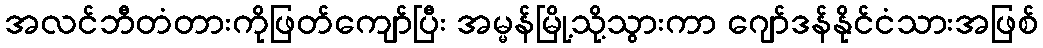
အလင်ဘီတံတားကိုဖြတ်ကျော်ပြီး အမ္မန်မြို့သို့သွားကာ ဂျော်ဒန်နိုင်ငံသားအဖြစ်